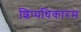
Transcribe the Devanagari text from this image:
शिप्पधिकारम